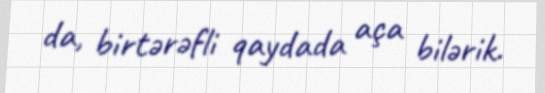
da, birtərəfli qaydada aça bilərik.